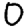
Digit: 0